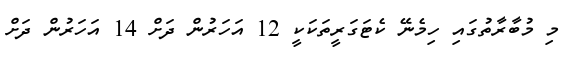
މި މުބާރާތުގައި ހިމެނޭ ކެޓަގަރީތަކަކީ 12 އަހަރުން ދަށް 14 އަހަރުން ދަށް